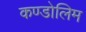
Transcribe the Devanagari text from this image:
कण्डोलिम